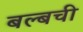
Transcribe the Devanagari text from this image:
बल्बची